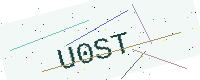
Text: U0ST